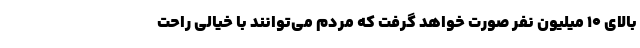
بالای ۱۰ میلیون نفر صورت خواهد گرفت که مردم می‌توانند با خیالی راحت